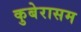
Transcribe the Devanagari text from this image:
कुबेरासम